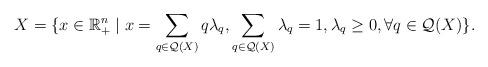
LaTeX: \begin{align*}X = \{ x \in \mathbb{R}_+^n \mid x = \sum_{q \in {\cal Q}(X)} q\lambda_q, \sum_{q \in {\cal Q}(X)} \lambda_q = 1, \lambda_q \geq 0, \forall q \in {\cal Q}(X) \}.\end{align*}